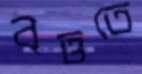
বৃত্ততে